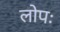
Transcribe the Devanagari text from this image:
लोपः